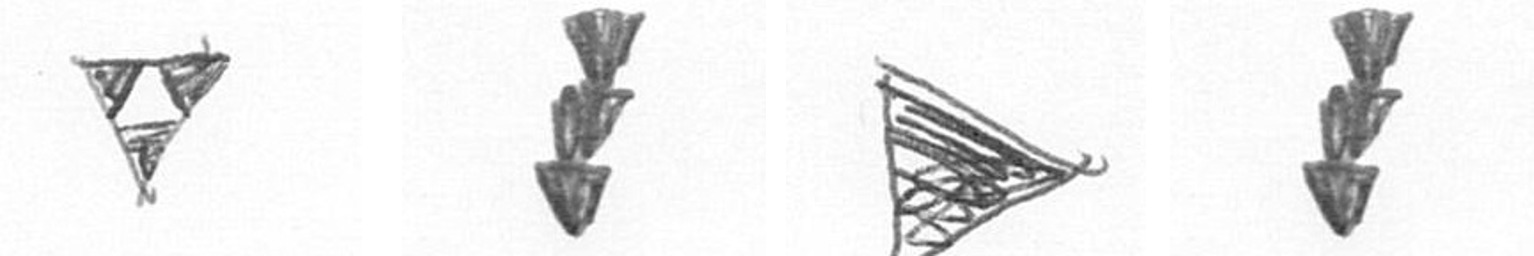
S E T E